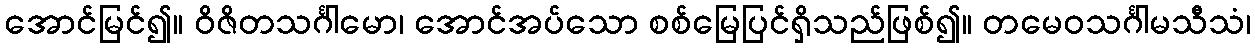
အောင်မြင်၍။ ဝိဇိတသင်္ဂါမော၊ အောင်အပ်သော စစ်မြေပြင်ရှိသည်ဖြစ်၍။ တမေဝသင်္ဂါမသီသံ၊